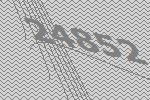
24852